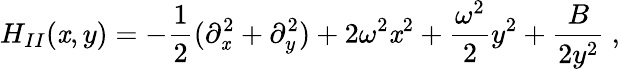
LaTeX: H_{II}(\mathit{x},y)=-\frac{{1}}{{2}}(\partial_{\mathit{x}}^{2}+\partial_{y}^{2})+2\omega^{2}\mathit{x}^{2}+\frac{{\omega^{2}}}{{2}}y^{2}+\frac{{B}}{{2y^{2}}}\ ,